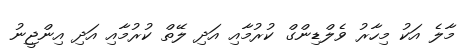
މާލެ އަކު މިހާރު ވެލްޑިންގް ކުރުމާއި އަދި ލޭތް ކުރުމާއި އަދި އިންޖީނު